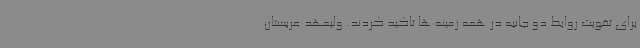
برای تقویت روابط دو جانبه در همه زمینه ها تاکید کردند. ولیعهد عربستان